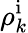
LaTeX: \rho_{k}^{\mathrm i}